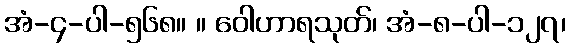
အံ-၄-ပါ-၅၆၈။ ။ ဝေါဟာရသုတ်၊ အံ-၈-ပါ-၁၂၇၊